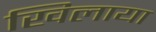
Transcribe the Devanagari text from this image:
खिलाया